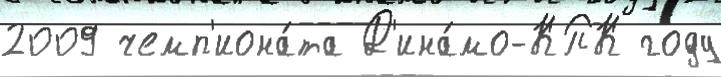
2009 чемп'иона́та Д'ина́мо-КПК году